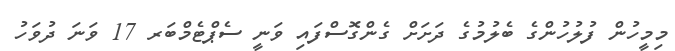
މިމީހުން ފުލުހުންގެ ބެލުމުގެ ދަށަށް ގެންގޮސްފައި ވަނީ ސެޕްޓެމްބަރ 17 ވަނަ ދުވަހު